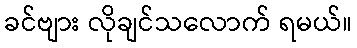
ခင်ဗျား လိုချင်သလောက် ရမယ်။